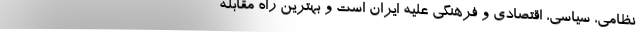
نظامی، سیاسی، اقتصادی و فرهنگی علیه ایران است و بهترین راه مقابله